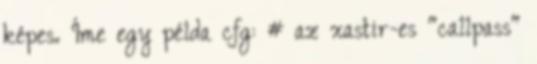
képes. Íme egy példa cfg: # az xastir-es "callpass"